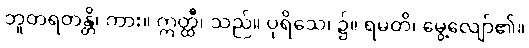
ဘူတရတန္တိ၊ ကား။ ဣတ္ထီ၊ သည်။ ပုရိသေ၊ ၌။ ရမတိ၊ မွေ့လျော်၏။